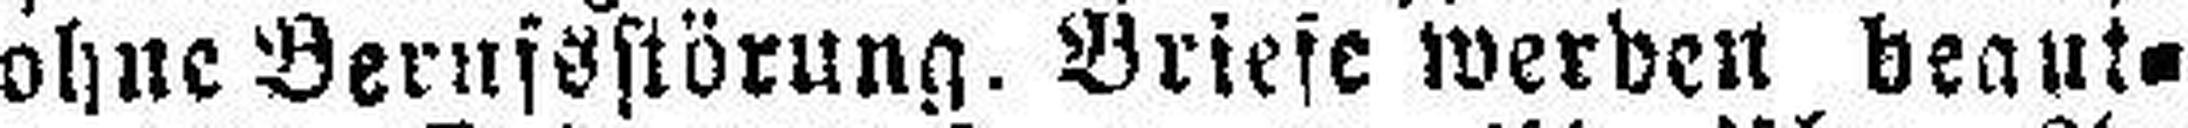
ohne Berufsstörung. Briefe werden beant¬